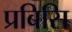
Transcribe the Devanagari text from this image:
प्रबिसि